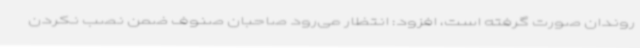
روندان صورت گرفته است، افزود: انتظار می‌رود صاحبان صنوف ضمن نصب نکردن